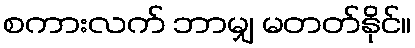
စကားလက် ဘာမျှ မတတ်နိုင်။